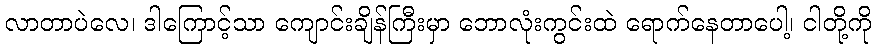
လာတာပဲလေ၊ ဒါကြောင့်သာ ကျောင်းချိန်ကြီးမှာ ဘောလုံးကွင်းထဲ ရောက်နေတာပေါ့၊ ငါတို့ကို